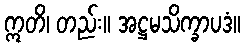
ဣတိ၊ တည်း။ အဋ္ဌမသိက္ခာပဒံ။